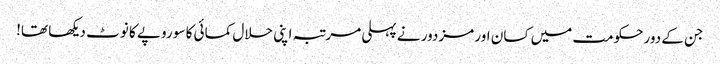
جن کے دورحکومت میں کسان اور مزدور نے پہلی مرتبہ اپنی حلال کمائی کا سو روپے کا نوٹ دیکھا تھا!